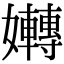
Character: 𡤛